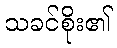
သခင်စိုး၏